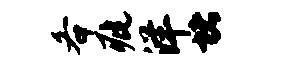
各疵洋堵